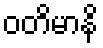
ဝတိမာနိ